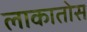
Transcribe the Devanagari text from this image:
लाकातोस